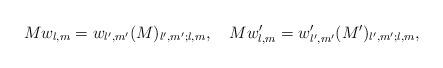
LaTeX: \begin{align*}M w_{l,m} = w_{l^{\prime},m^{\prime}} (M)_{l^{\prime},m^{\prime};l,m},\quad M w^{\prime}_{l,m} = w^{\prime}_{l^{\prime},m^{\prime}} (M^{\prime})_{l^{\prime},m^{\prime};l,m},\end{align*}